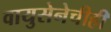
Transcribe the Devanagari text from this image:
वायुसेनेचीही